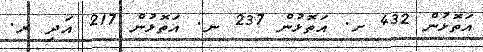
އަތޮޅުން 432 ށ. އަތޮޅުން 237 ނ. އަތޮޅުން 217 އަދި ރ.